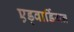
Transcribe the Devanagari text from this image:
एड्वार्डियन